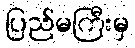
ပြည်မကြီးမှ